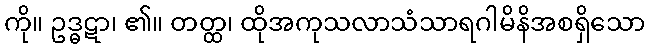
ကို။ ဥဒ္ဓဋာ၊ ၏။ တတ္ထ၊ ထိုအကုသလာသံသာရဂါမိနိအစရှိသော